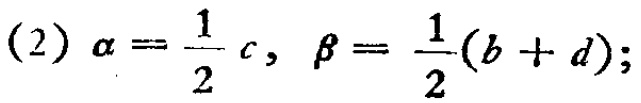
(2) $\alpha=\frac{1}{2}c, \beta=\frac{1}{2}(b + d);$